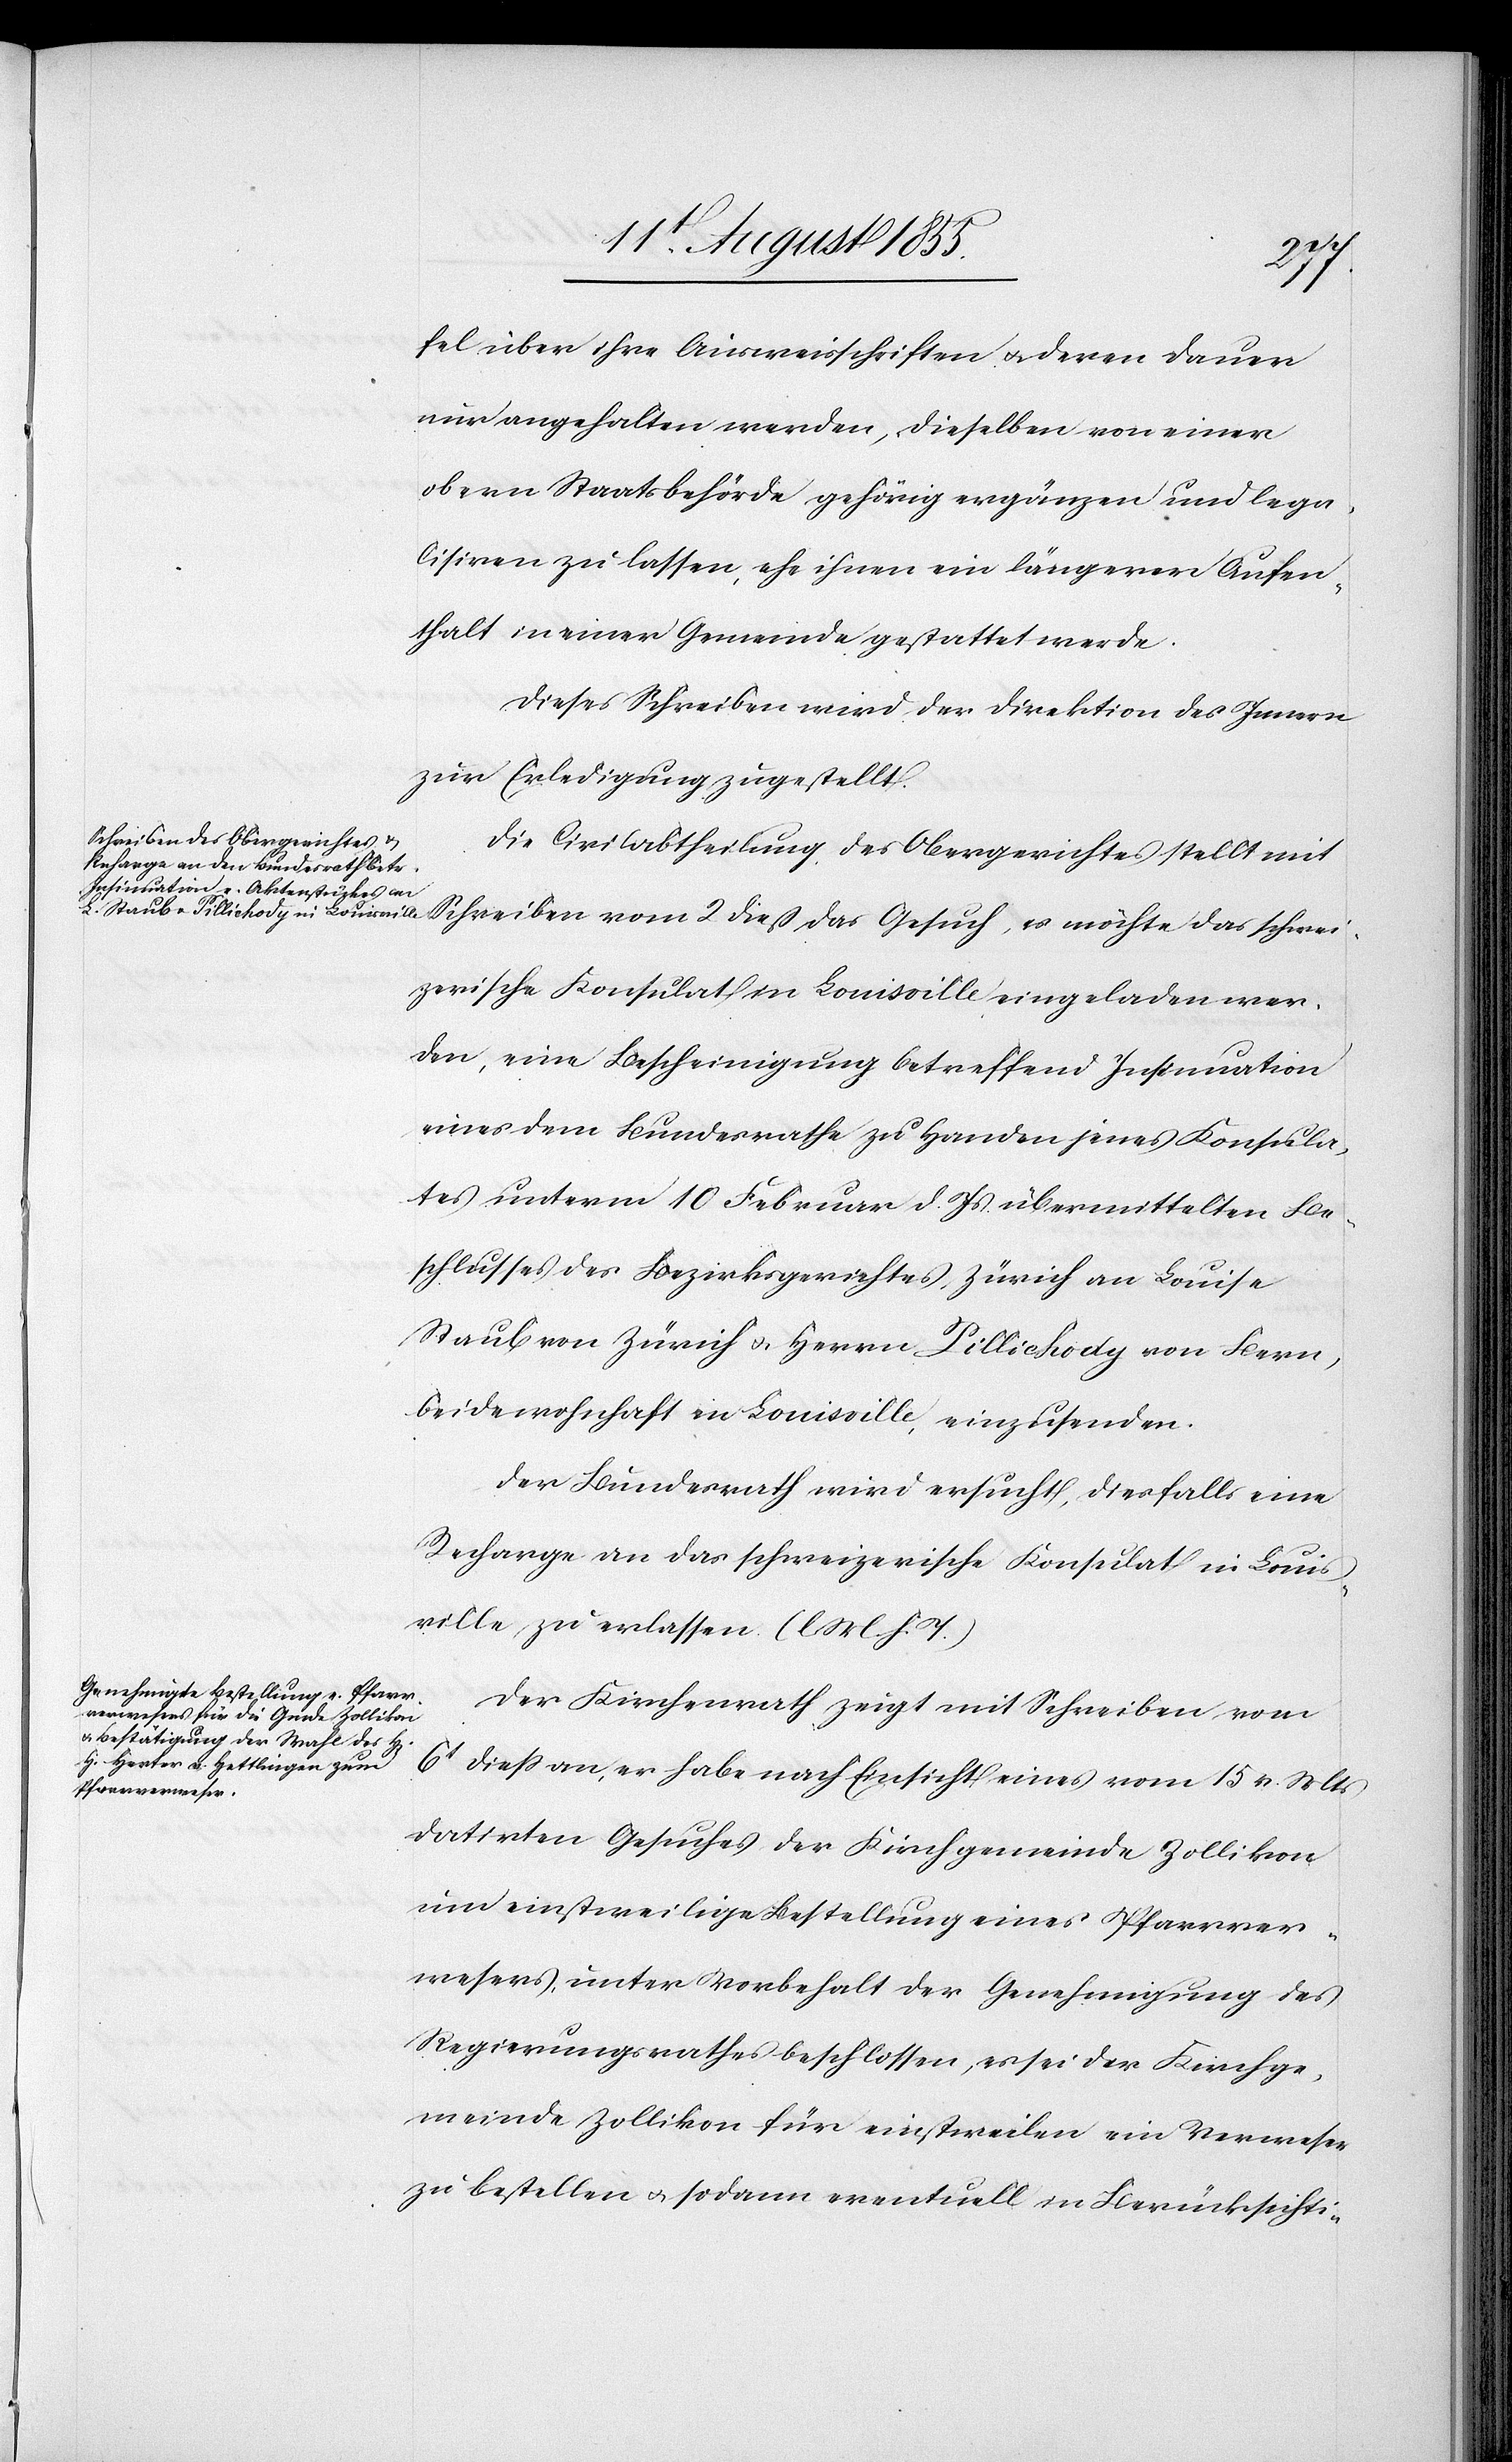
schw¬
fel über ihre Ausweisschriften & deren Dauer
nur angehalten werden, dieselben von einer
obern Staatsbehörde gehörig ergänzen und lega¬
lisiren zu lassen, ehe ihnen ein längerer Aufen¬
thalt in einer Gemeinde gestattet werde.
Dieses Schreiben wird der Direktion des Innern
zur Erledigung zugestellt.
Die Civilabtheilung des Obergerichtes stellt mit
eizerische Konsulat in Louisville eingeladen wer¬
den, eine Bescheinigung betreffend Insinuation
eines dem Bundesrathe zu Handen jenes Konsula¬
tes unterm 10 Februar d. Js übermittelten Be¬
schlusses des Bezirksgerichtes Zürich an Louise
Staub von Zürich & Herrn Pillichody von Bern,
beide wohnhaft in Louisville, einzusenden.
Der Bundesrath wird ersucht, diesfalls eine
Recharge an das schweizerische Konsulat in Louis¬
ville zu erlassen (l M. h. T.)
Der Kirchenrath zeigt mit Schreiben vom
6t dieß an, er habe nach Einsicht eines vom 15 v. Mts
datirten Gesuches der Kirchgemeinde Zollikon
um einstweilige Bestellung eines Pfarrver¬
wesers, unter Vorbehalt der Genehmigung des
Regierungsrathes beschlossen, es sei der Kirchge¬
meinde Zollikon für einstweilen ein Verweser
zu bestellen & sodann eventuell in Berücksichti-